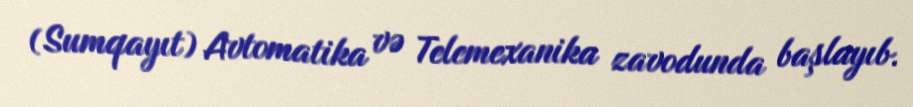
(Sumqayıt) Avtomatika və Telemexanika zavodunda başlayıb.